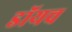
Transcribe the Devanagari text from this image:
डॉयच